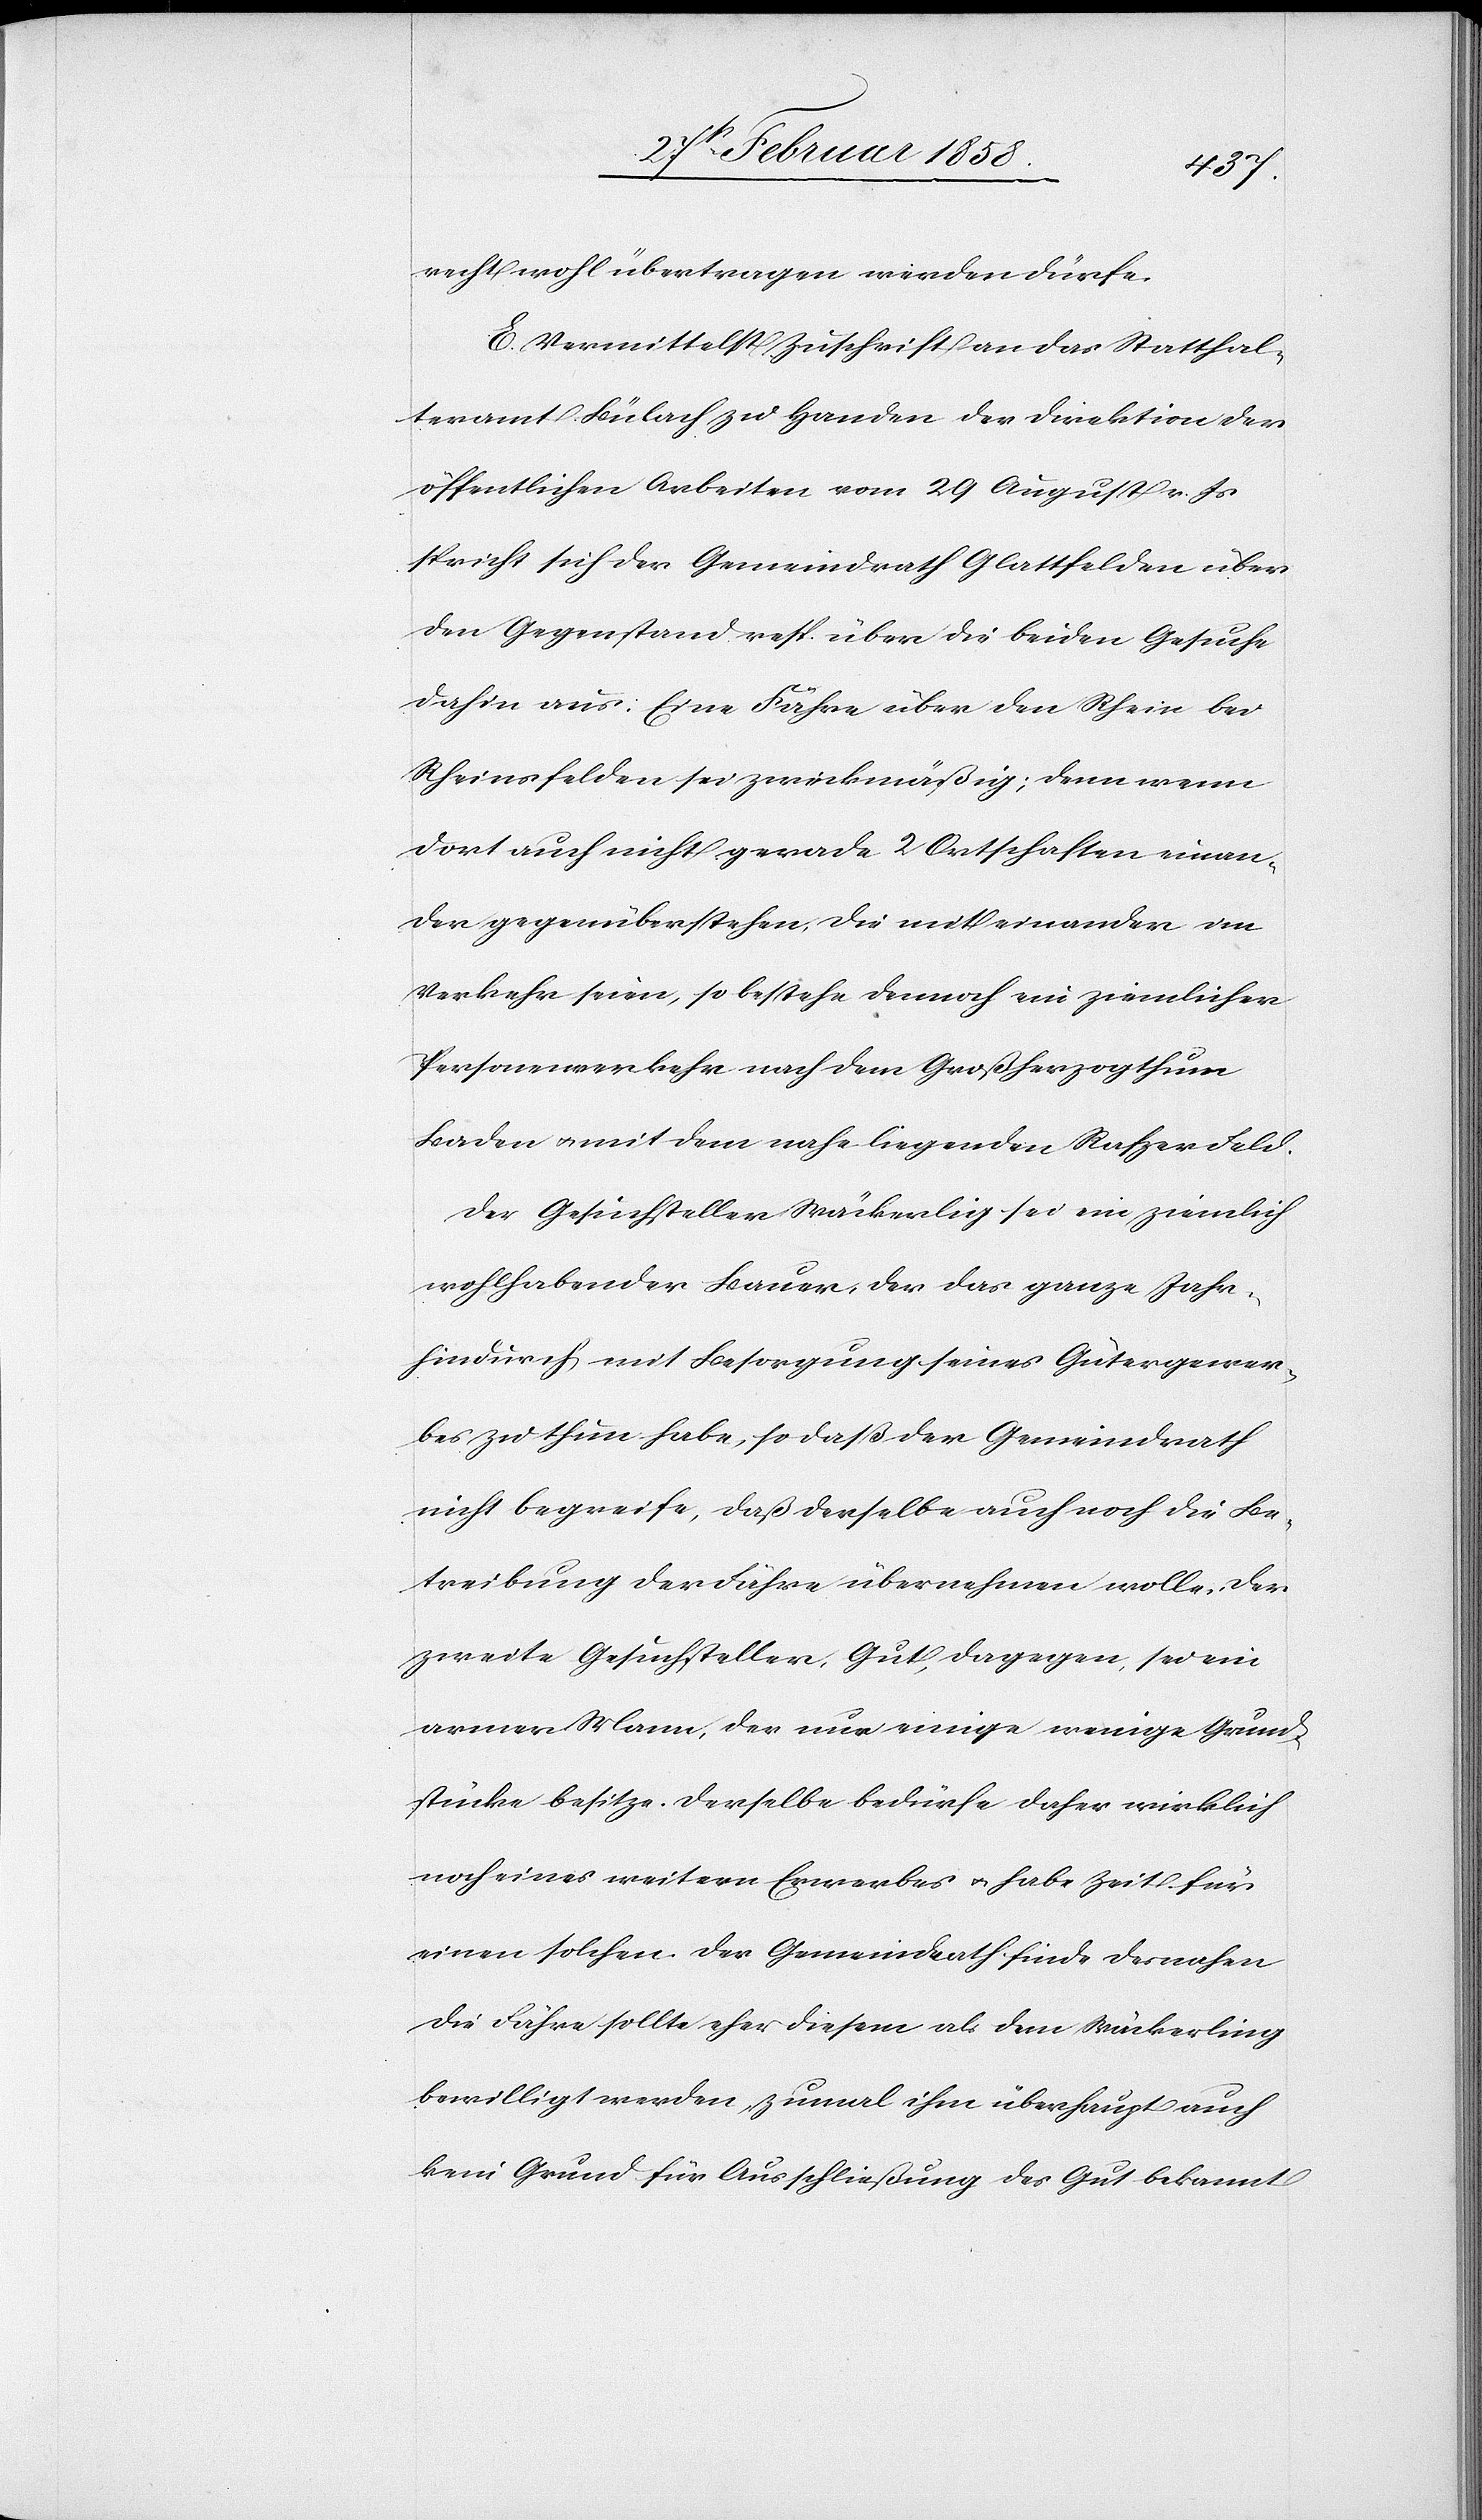
recht wohl übertragen werden dürfe.
E. Vermittelst Zuschrift an das Statthal¬
teramt Bülach zu Handen der Direktion der
öffentlichen Arbeiten vom 29 August v. Js
spricht sich der Gemeindrath Glattfelden, über
den Gegenstand resp. über die beiden Gesuche
dahin aus: Eine Fähre über den Rhein bei
Rheinsfelden sei zweckmäßig; denn wenn
dort auch nicht gerade 2 Ortschaften einan¬
der gegenüberstehen, die mit einander im
Verkehr seien, so bestehe dennoch ein ziemlicher
Personenverkehr nach dem Großherzogthum
Baden u. mit dem nahe liegenden Rafzer Feld.
Der Gesuchsteller Wäckerlig sei ein ziemlich
wohlhabender Bauer, der das ganze Jahr
hindurch mit Besorgung seines Gütergewer¬
bes zu thun habe, so daß der Gemeindrath
nicht begreife, daß derselbe auch noch die Be¬
treibung der Fähre übernehmen wolle. Der
zweite Gesuchsteller, Gut, dagegen, sei ein
armer Mann, der nur einige wenige Grund¬
stücke besitze. Derselbe bedürfe daher wirklich
noch eines weitern Erwerbes u. habe Zeit für
einen solchen. Der Gemeindrath finde desnahen
die Fähre sollte eher diesem als dem Wäckerling
bewilligt werden, zumal ihm überhaupt auch
kein Grund für Ausschließung des Gut bekannt